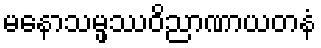
မနောသမ္ဖဿဝိညာဏာယတနံ